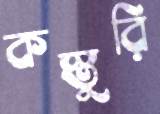
কস্তুরি